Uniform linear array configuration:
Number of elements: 24
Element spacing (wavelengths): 0.75
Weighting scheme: hann
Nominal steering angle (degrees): -60
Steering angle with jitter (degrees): -58.839
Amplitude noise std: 0.05
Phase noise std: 0.05

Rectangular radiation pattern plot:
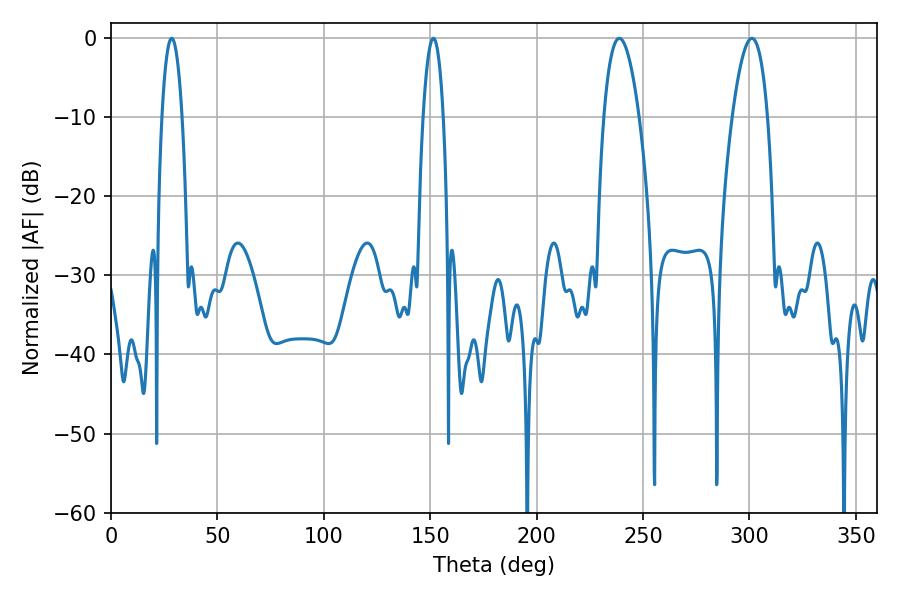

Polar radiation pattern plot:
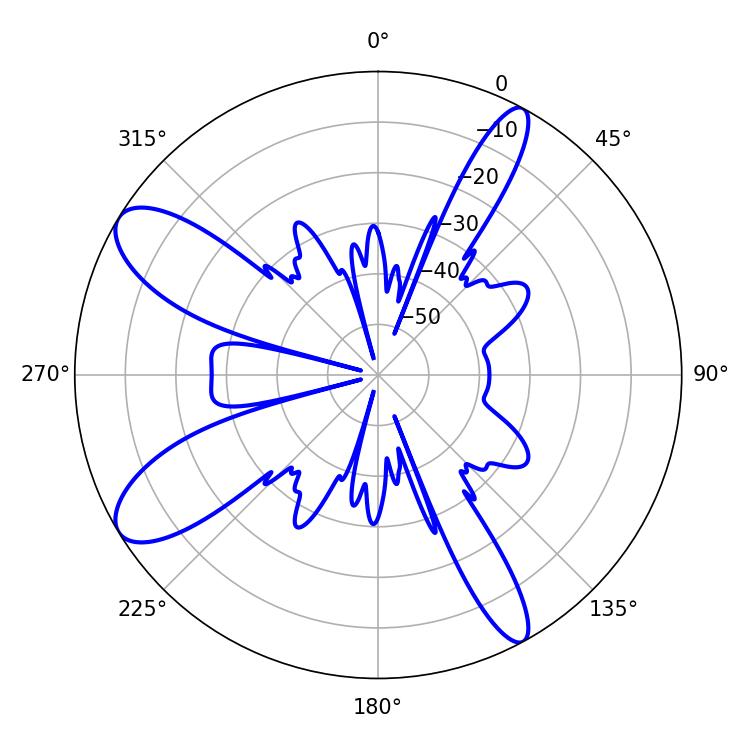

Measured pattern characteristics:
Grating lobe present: TRUE
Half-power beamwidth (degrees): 9.18
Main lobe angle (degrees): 238.86